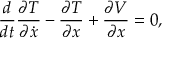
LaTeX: { \frac { d } { d t } } { \frac { \partial T } { \partial { \dot { x } } } } - { \frac { \partial T } { \partial x } } + { \frac { \partial V } { \partial x } } = 0 ,